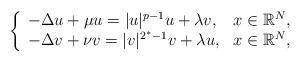
LaTeX: \begin{align*}\left\{\begin{array}{lr}-\Delta u+\mu u=|u|^{p-1}u+\lambda v, & x\in\mathbb{R}^{N},\\-\Delta v+\nu v=|v|^{2^{*}-1}v+\lambda u, & x\in\mathbb{R}^{N},\end{array}\right. \end{align*}